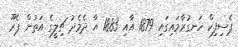
ޕެސިފިކް ހަނގުރާމައިގައި 1879 އާއި 1883 އާ ދެމެދު ޗިލީގެ އަތުން ޕެރޫ